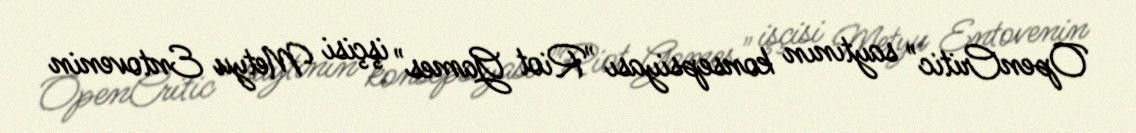
OpenCritic" saytının konsepsiyası "Riot Games" işçisi Metyu Entovenin